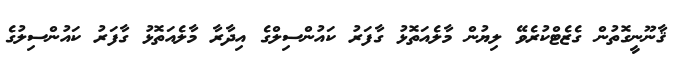
ޤާނޫނީގޮތުން ގެޒެޓްކުރެވޭ ލިޔުން މާލެއަތޮޅު ގާފަރު ކައުންސިލްގެ އިދާރާ މާލެއަތޮޅު ގާފަރު ކައުންސިލުގެ